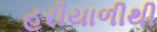
હરીયાળીથી